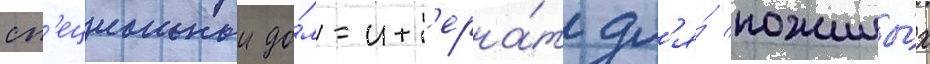
сп'ециальныи до́м-инт'ерна́т дл'я́ пожилы́х